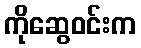
ကိုဆွေဝင်းက